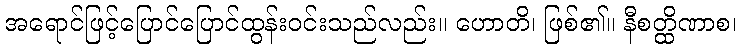
အရောင်ဖြင့်ပြောင်ပြောင်ထွန်းဝင်းသည်လည်း။ ဟောတိ၊ ဖြစ်၏။ နီစတ္ထိဏာစ၊